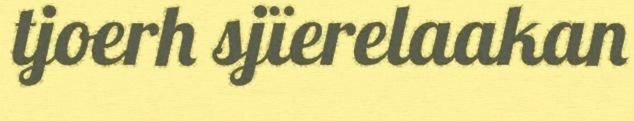
tjoerh sjïerelaakan